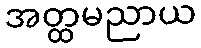
အတ္ထမညာယ